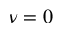
\nu = 0